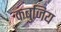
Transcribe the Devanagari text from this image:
कंबुजिय